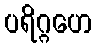
ပရိဂ္ဂဟေ